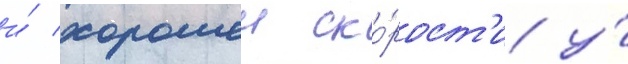
и́ хорошеи ско́рост'и у́